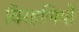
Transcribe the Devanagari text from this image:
विरहणियों